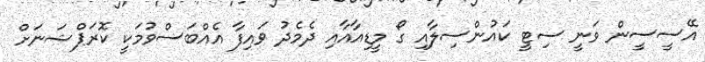
އޭސީސީން ވަނީ ސިޓީ ކައުންސިލާއި ގޯ މީޑިއާއާއި ދެމެދު ވައިފާ އެއްބަސްވުމަކީ ކޮރަޕްޝަނަށް